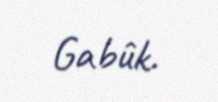
Gabûk.